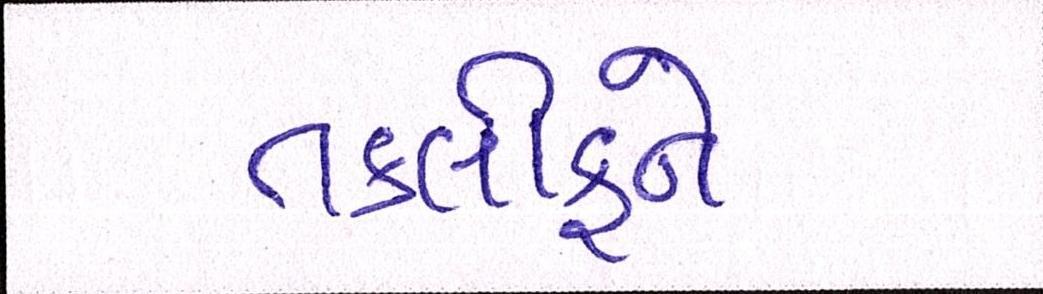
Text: તકલીફને